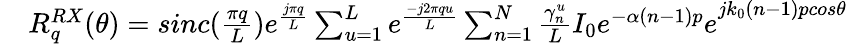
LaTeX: \begin{array}{rl}&{R_{q}^{RX}(\theta)=sinc(\frac{\pi q}{L})e^{\frac{j\pi q}{L}}\sum_{u=1}^{L}{e^{\frac{-j2\pi qu}{L}}\sum_{n=1}^{N}\frac{\gamma_{n}^{u}}{L}}{I_{0}e^{-\alpha(n-1)p}e}^{jk_{0}(n-1)pcos\theta}}\end{array}